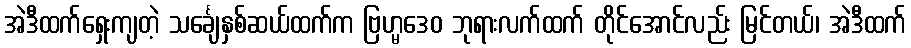
အဲဒီထက်ရှေးကျတဲ့ သင်္ချေနှစ်ဆယ်ထက်က ဗြဟ္မဒေဝ ဘုရားလက်ထက် တိုင်အောင်လည်း မြင်တယ်၊ အဲဒီထက်